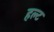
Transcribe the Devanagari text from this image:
हल्ट